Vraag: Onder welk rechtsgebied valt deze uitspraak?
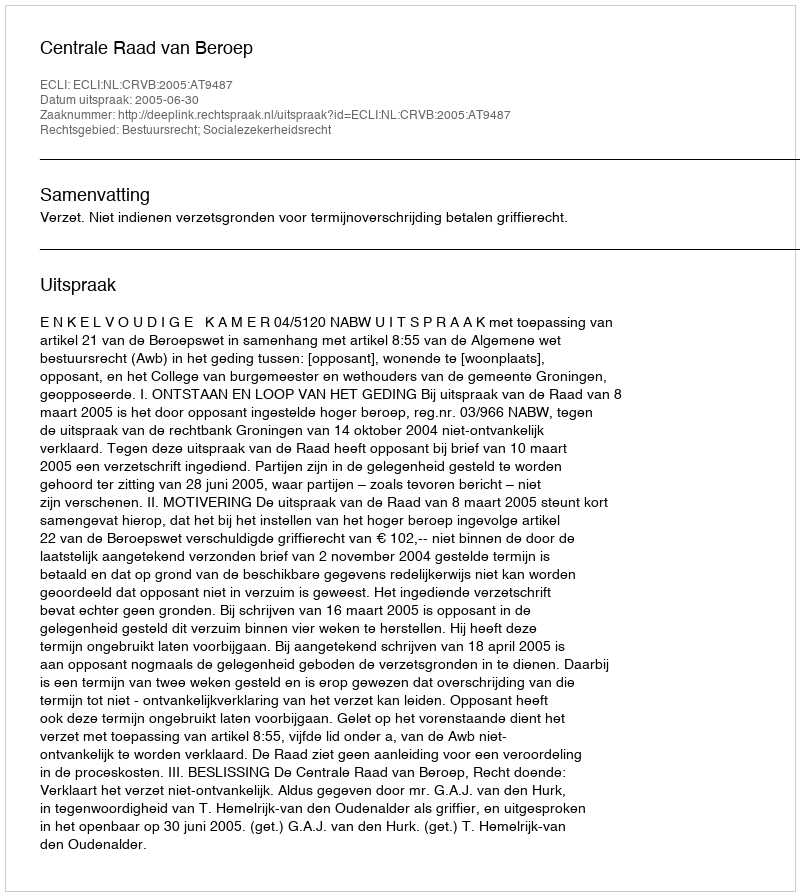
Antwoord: Bestuursrecht; Socialezekerheidsrecht